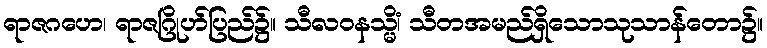
ရာဇဂဟေ၊ ရာဇဂြိုဟ်ပြည်၌။ သီလဝနသ္မိံ၊ သီတအမည်ရှိသောသုသာန်တော၌။